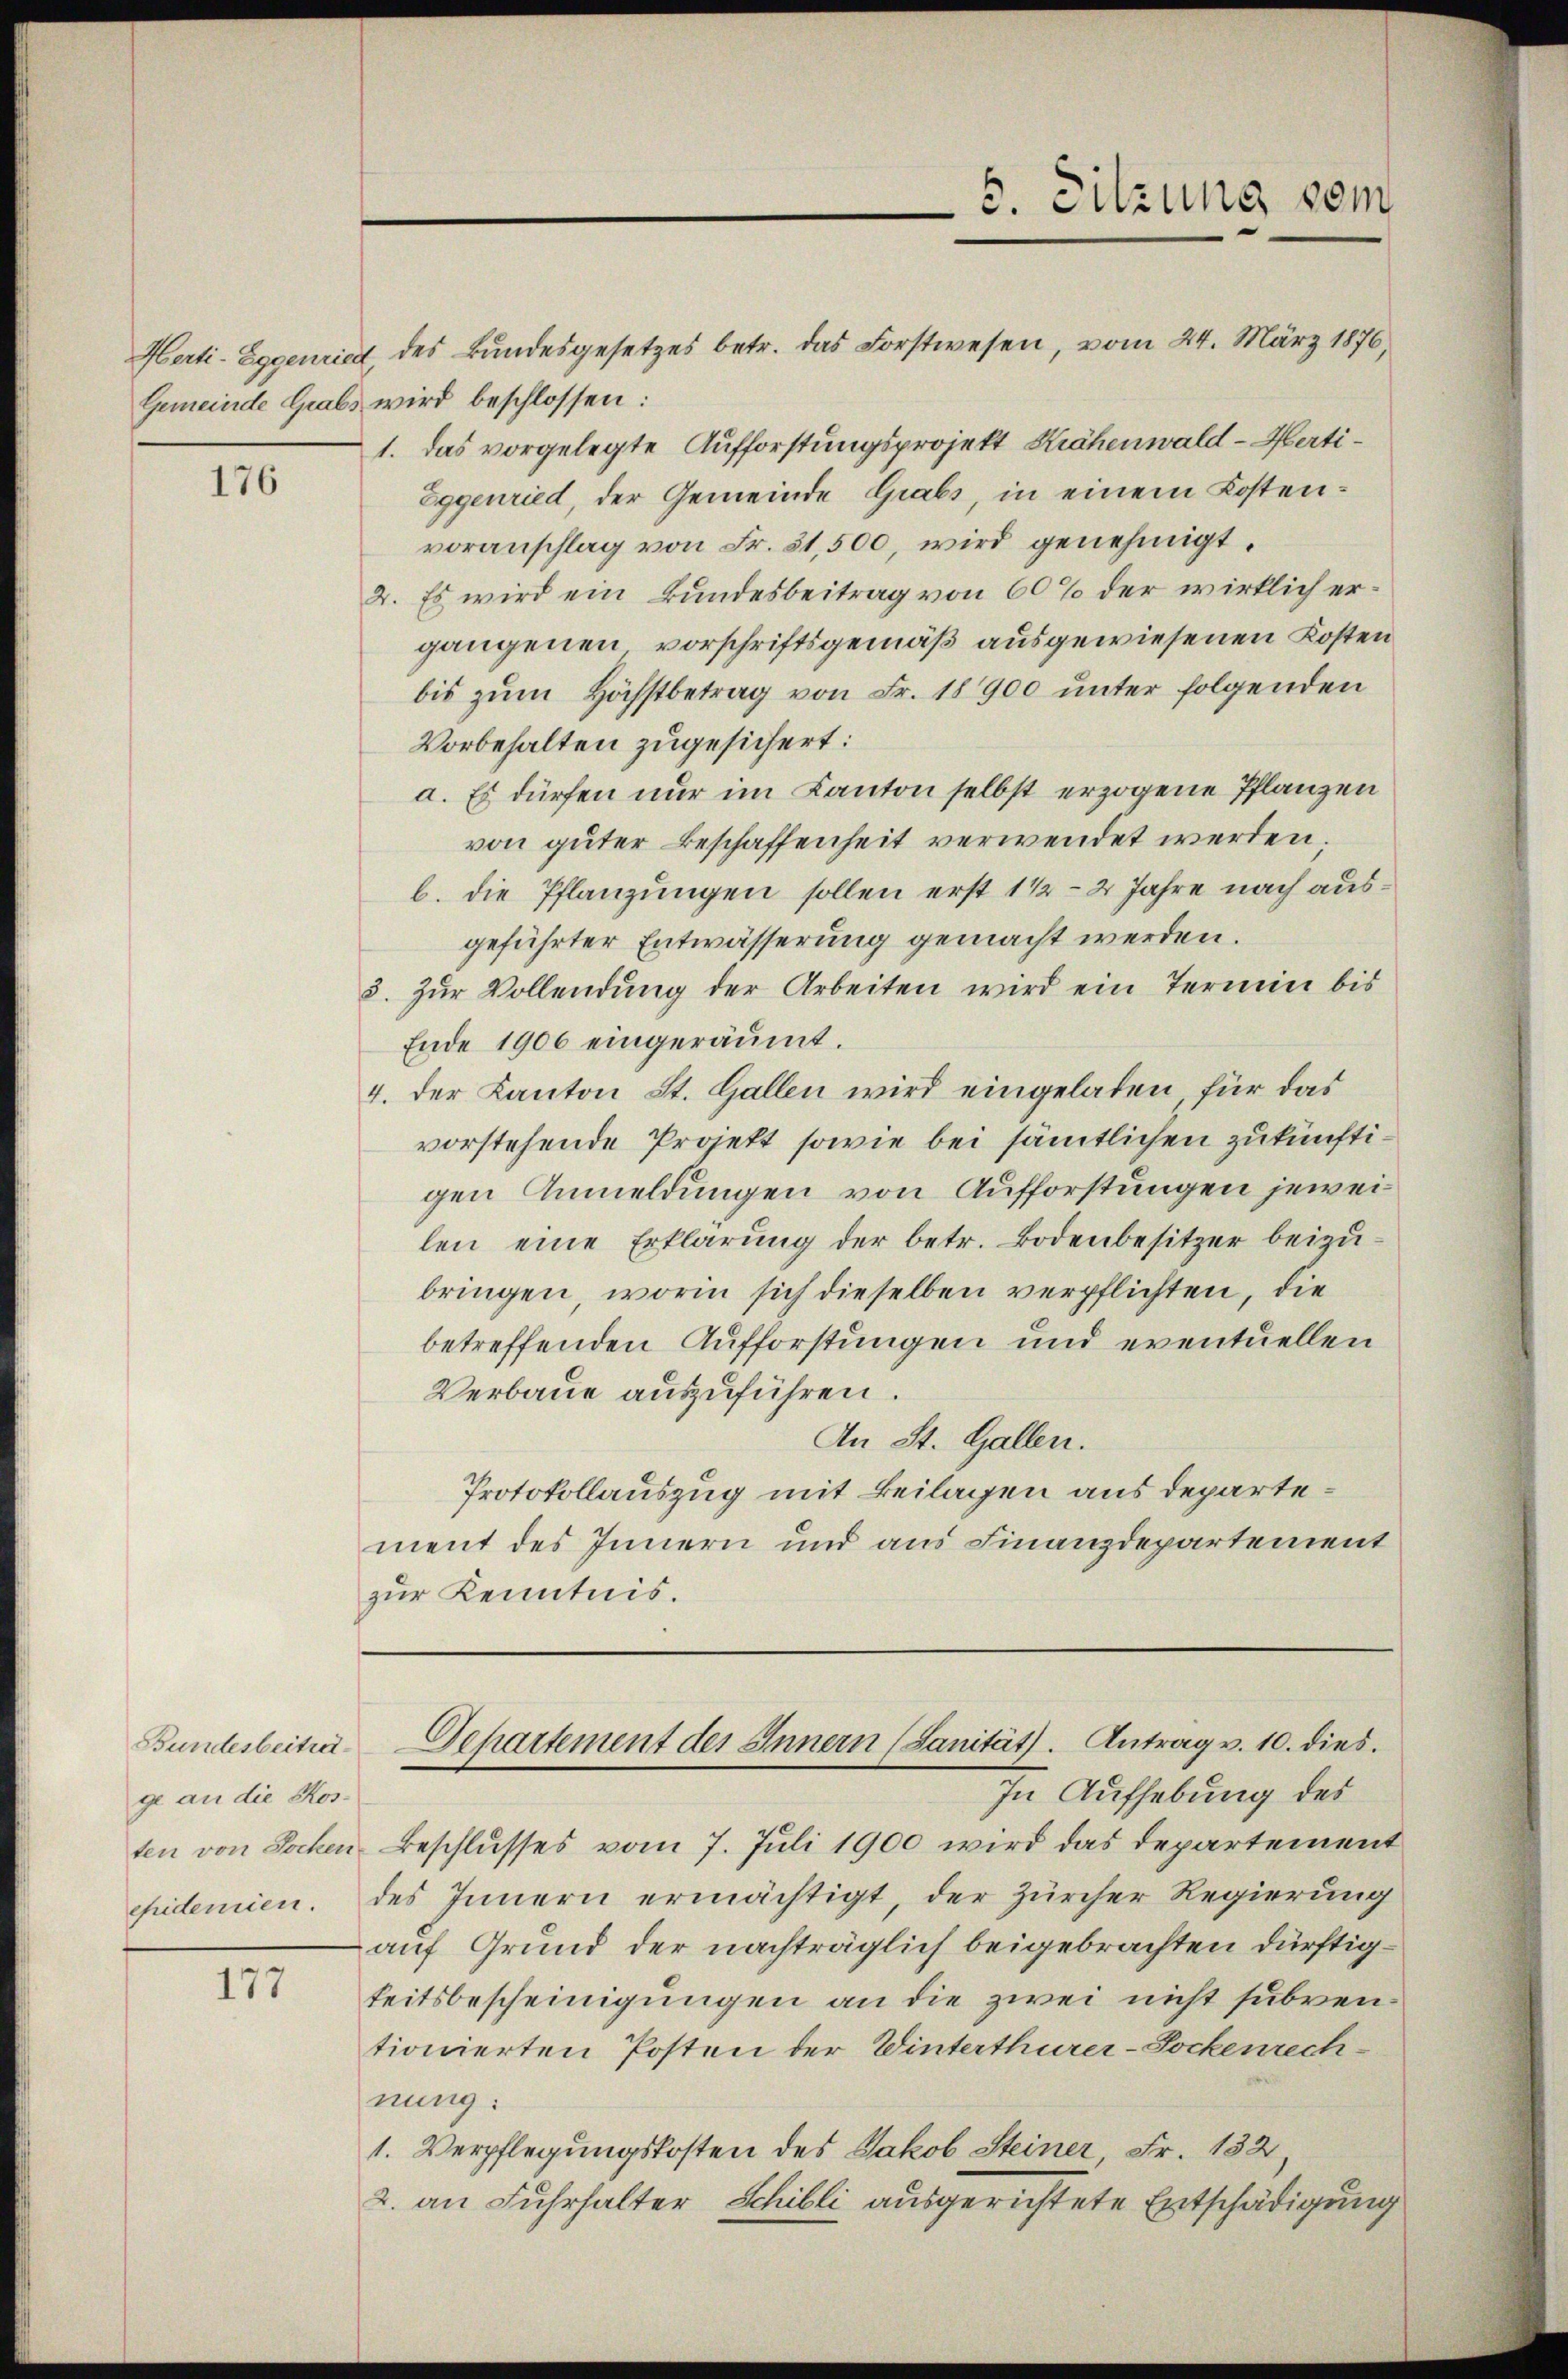
176

Herti-Eggenried, des Bundesgesetzes betr. das Forstwesen, vom 24. März 1876,
Gemeinde Grabs wird beschlossen:
1. das vorgelegte Aufforstungsprojekt Krähenwald - Herti¬
Eggenried, der Gemeinde Grabs, in einem Kostenvoranschlag von Fr. 31,500, wird genehmigt.
2. Es wird ein Bundesbeitrag von 60% der wirklich ergangenen vorschriftsgemäß ausgewiesenen Kosten
bis zŭm Höchstbetrag von Fr. 18900 unter folgenden
Vorbehalten zugesichert:
a. Es dürfen nur im Kanton selbst erzogene Pflanzen
von guter Beschaffenheit verwendet werden.
b. die Pflanzungen sollen erst 1 1/2–2 Jahre nach ausgeführter Entwässerung gemacht werden.
5. Zur Vollendung der Arbeiten wird ein Termin bis
Ende 1906 eingeräumt.
4. Der Kanton St. Gallen wird eingeladen, für das
vorstehende Projekt sowie bei sämtlichen zukünftigen Anmeldungen von Aufforstungen jeweilen eine Erklärung der betr. Bodenbesitzer beizubringen, worin sich dieselben verpflichten, die
betreffenden Aufforstungen und eventuellen
Verbaue auszuführen.
An St. Gallen.
Protokollauszug mit Beilagen aus departement des Innern und aus Finanzdepartement
zur Kenntnis.

Bundesbeitrage an die Kos¬

177

In Aufhebung des
ten von Jochen Beschlusses vom 7. Juli 1900 wird das Departement
epidemien. des Innern ermächtigt, der Zürcher Regierung
auf Grund der nachträglich beigebrachten dürftigkeitsbescheinigungen an die zwei nicht subventionierten Posten der Winterthurer-Sockenrech-
nung:
1. Verpflegungskosten des Jakob Steiner, Fr. 182,
2. an Fuhrhalter Schilli ausgerichtete Entschädigung

6. Sitzung vom

Separtement der Innern (Sanität. Antrag v. 10. dies